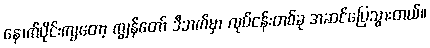
နောက်ပိုင်းကျတော့ ကျွန်တော် ဒီဘက်မှာ လုပ်ငန်းတစ်ခု အဆင်ပြေသွားတယ်။